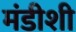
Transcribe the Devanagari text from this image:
मंडीशी